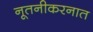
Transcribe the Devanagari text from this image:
नूतनीकरनात